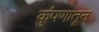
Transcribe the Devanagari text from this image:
कुंपणातून